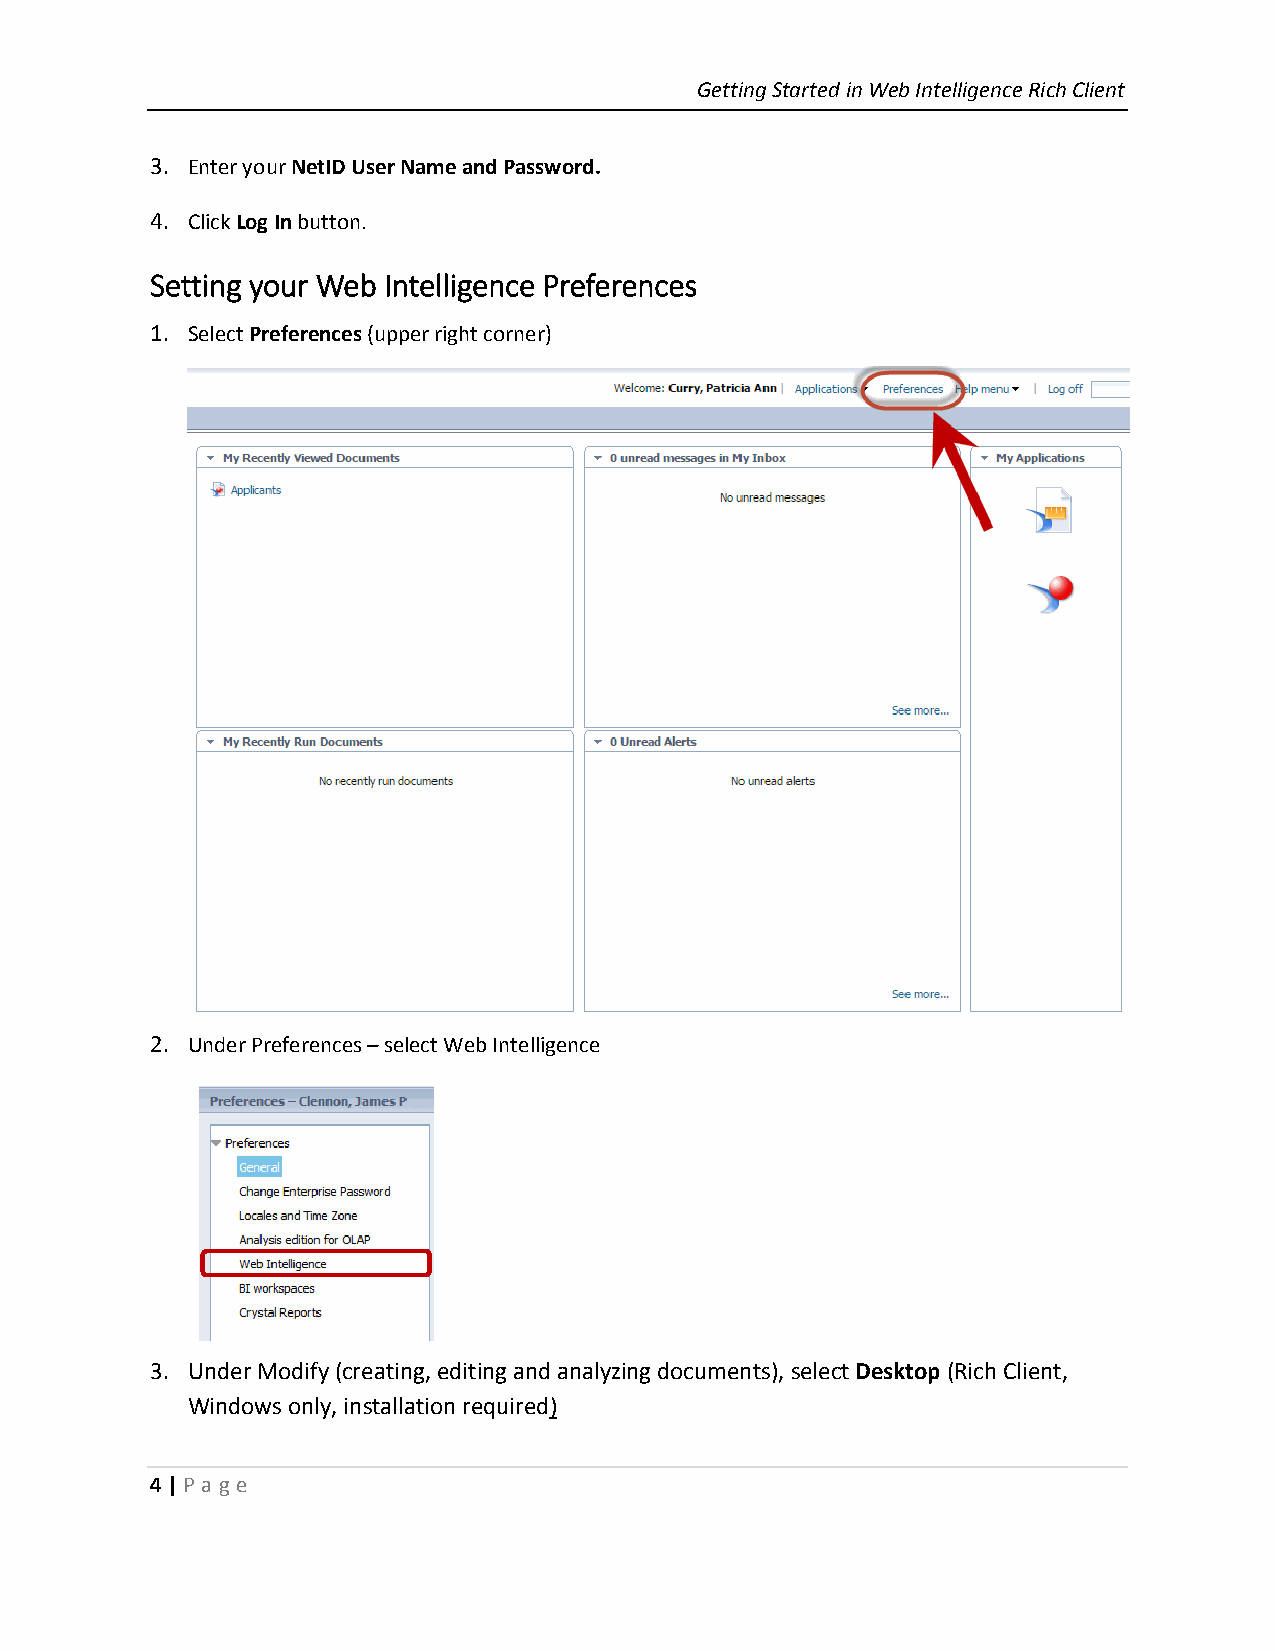
Getting Started in Web Intelligence Rich Client
 3. Enter your NetID User Name and Password.
 4. Click Log In button.
 Setting your Web Intelligence Preferences
 1. Select Preferences (upper right corner)
 2. Under Preferences – select Web Intelligence
 3. Under Modify (creating, editing and analyzing documents), select Desktop (Rich Client,
 Windows only, installation required)
 4 | P age